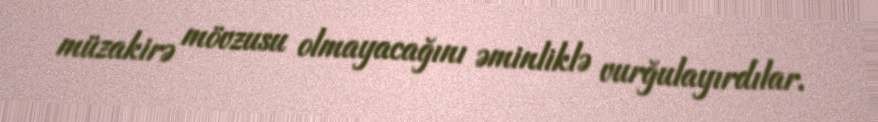
müzakirə mövzusu olmayacağını əminliklə vurğulayırdılar.